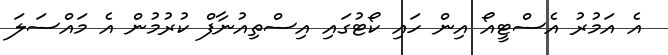
އެ އަމުރު އެސްޓީއޯ އިން ހައި ކޯޓުގައި އިސްތިއުނާފް ކުރުމުން އެ މައްސަލަ